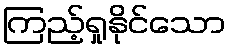
ကြည့်ရှုနိုင်သော